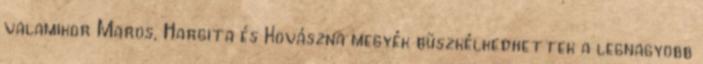
valamikor Maros, Hargita és Kovászna megyék büszkélkedhettek a legnagyobb